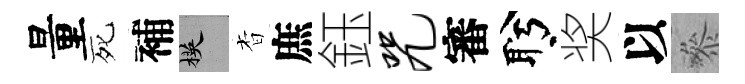
量死補楧杳庶鈺咒審盻奖以叅